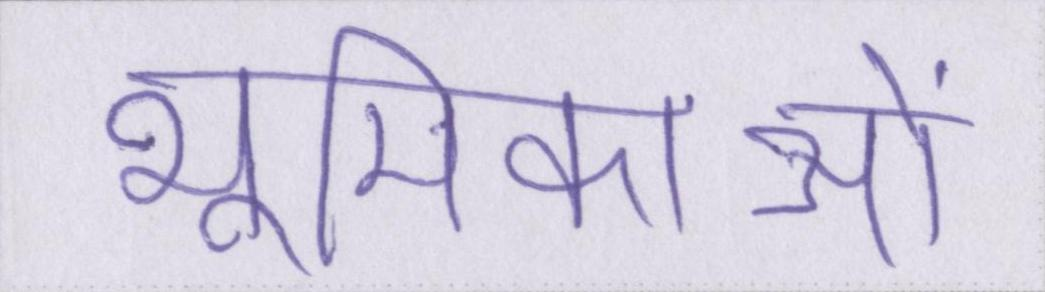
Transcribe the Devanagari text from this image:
भूमिकाओं